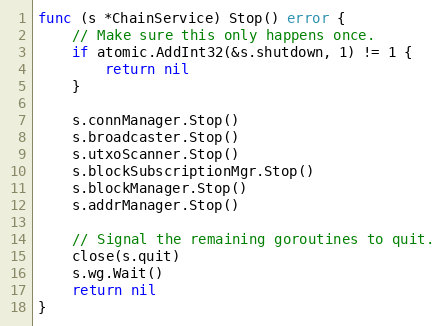
Language: Go
func (s *ChainService) Stop() error {
	// Make sure this only happens once.
	if atomic.AddInt32(&s.shutdown, 1) != 1 {
		return nil
	}

	s.connManager.Stop()
	s.broadcaster.Stop()
	s.utxoScanner.Stop()
	s.blockSubscriptionMgr.Stop()
	s.blockManager.Stop()
	s.addrManager.Stop()

	// Signal the remaining goroutines to quit.
	close(s.quit)
	s.wg.Wait()
	return nil
}